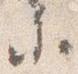
参